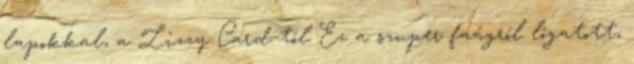
lapokkal, a Lizzy Card-tól Ez a szuper faágról lógatott,